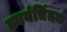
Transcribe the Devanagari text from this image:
कार्यचिंतक